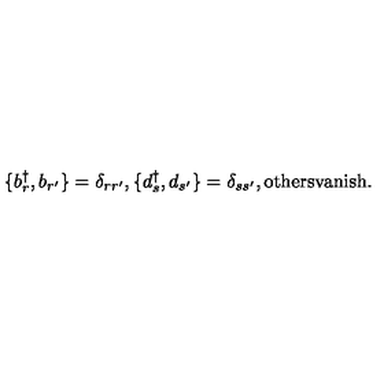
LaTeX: \{ b _ { r } ^ { \dagger } , b _ { r ^ { \prime } } \} = \delta _ { r r ^ { \prime } } , \{ d _ { s } ^ { \dagger } , d _ { s ^ { \prime } } \} = \delta _ { s s ^ { \prime } } , \mathrm { o t h e r s v a n i s h } .